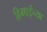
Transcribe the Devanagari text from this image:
हिमाईच्या